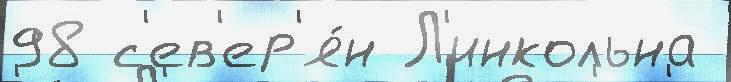
98 с'ев'ер'я́н Л'инкольна